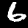
Label: 6